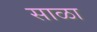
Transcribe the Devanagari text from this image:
साळा